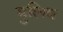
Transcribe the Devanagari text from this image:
मुलिय